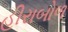
હીરાબોળ